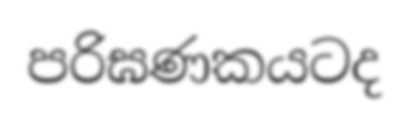
පරිඝණකයටද